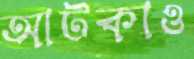
আটকাও